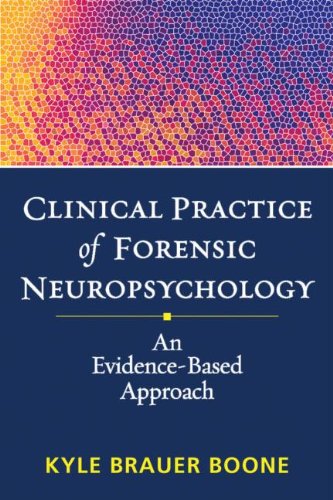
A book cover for Clinical Practice of Forensic Neuropsychology: An Evidence-Based Approach (Evidence-Based Practice in Neuropsychology); Kyle Brauer Boone PhD  ABPP  ABCN; Medical Books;